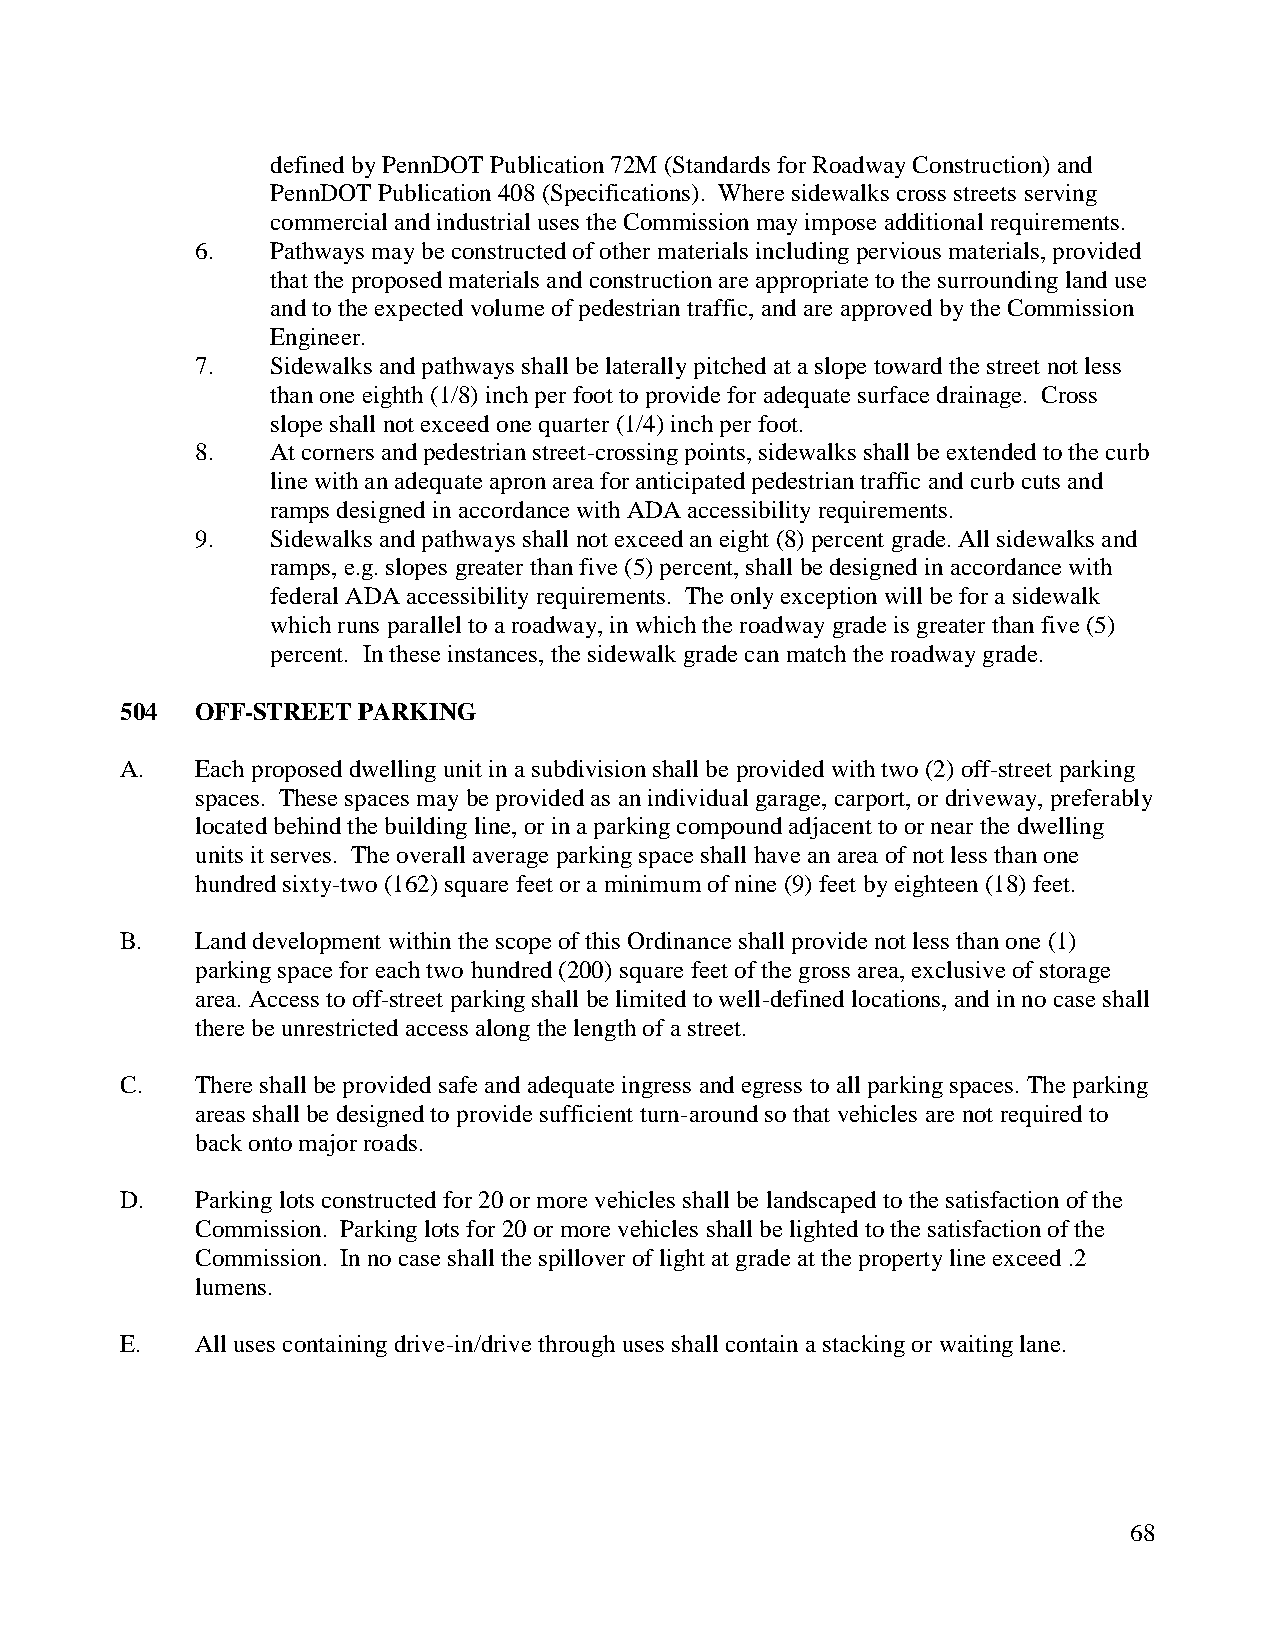
defined by PennDOT Publication 72M (Standards for Roadway Construction) and
 PennDOT Publication 408 (Specifications). Where sidewalks cross streets serving
 commercial and industrial uses the Commission may impose additional requirements.
 6.   Pathways may be constructed of other materials including pervious materials, provided
 that the proposed materials and construction are appropriate to the surrounding land use
 and to the expected volume of pedestrian traffic, and are approved by the Commission
 Engineer.
 7.   Sidewalks and pathways shall be laterally pitched at a slope toward the street not less
 than one eighth (1/8) inch per foot to provide for adequate surface drainage. Cross
 slope shall not exceed one quarter (1/4) inch per foot.
 8.   At corners and pedestrian street-crossing points, sidewalks shall be extended to the curb
 line with an adequate apron area for anticipated pedestrian traffic and curb cuts and
 ramps designed in accordance with ADA accessibility requirements.
 9.   Sidewalks and pathways shall not exceed an eight (8) percent grade. All sidewalks and
 ramps, e.g. slopes greater than five (5) percent, shall be designed in accordance with
 federal ADA accessibility requirements. The only exception will be for a sidewalk
 which runs parallel to a roadway, in which the roadway grade is greater than five (5)
 percent. In these instances, the sidewalk grade can match the roadway grade.
 504  OFF-STREET PARKING
 A.   Each proposed dwelling unit in a subdivision shall be provided with two (2) off-street parking
 spaces. These spaces may be provided as an individual garage, carport, or driveway, preferably
 located behind the building line, or in a parking compound adjacent to or near the dwelling
 units it serves. The overall average parking space shall have an area of not less than one
 hundred sixty-two (162) square feet or a minimum of nine (9) feet by eighteen (18) feet.
 B.   Land development within the scope of this Ordinance shall provide not less than one (1)
 parking space for each two hundred (200) square feet of the gross area, exclusive of storage
 area. Access to off-street parking shall be limited to well-defined locations, and in no case shall
 there be unrestricted access along the length of a street.
 C.   There shall be provided safe and adequate ingress and egress to all parking spaces. The parking
 areas shall be designed to provide sufficient turn-around so that vehicles are not required to
 back onto major roads.
 D.   Parking lots constructed for 20 or more vehicles shall be landscaped to the satisfaction of the
 Commission. Parking lots for 20 or more vehicles shall be lighted to the satisfaction of the
 Commission. In no case shall the spillover of light at grade at the property line exceed .2
 lumens.
 E.   All uses containing drive-in/drive through uses shall contain a stacking or waiting lane.
 68